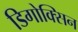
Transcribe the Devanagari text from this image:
डिगोक्सिन